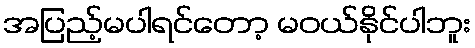
အပြည့်မပါရင်တော့ မဝယ်နိုင်ပါဘူး